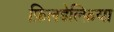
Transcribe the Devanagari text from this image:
फ़िलडेल्फ़िया